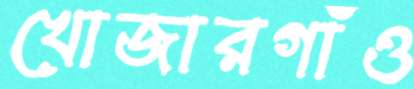
খোজারগাঁও